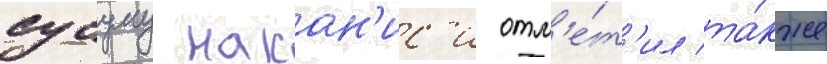
сусуму накан'ис'и отм'е́т'ил та́кже